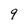
Character: 9